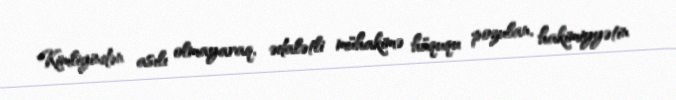
Kimliyindən asılı olmayaraq, ədalətli mühakimə hüququ pozulan, hakimiyyətin